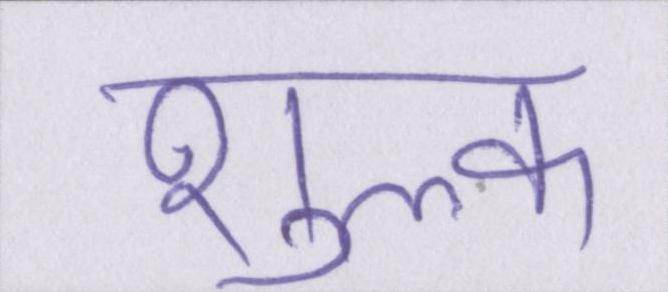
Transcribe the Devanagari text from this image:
शुल्क